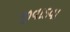
જીવાડવા